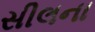
સીલના